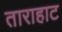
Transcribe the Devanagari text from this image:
ताराहाट